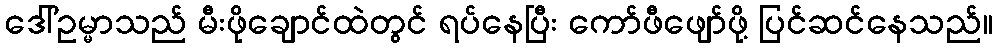
ဒေါ်ဥမ္မာသည် မီးဖိုချောင်ထဲတွင် ရပ်နေပြီး ကော်ဖီဖျော်ဖို့ ပြင်ဆင်နေသည်။